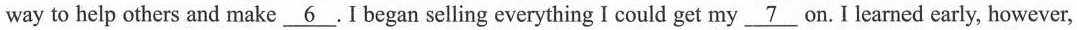
way to help others and make \underline{6}. I began selling everything I could get my \underline{7} on. I learned early, however,